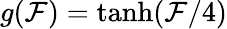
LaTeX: g(\mathcal{F})=\operatorname{tanh}(\mathcal{F}/4)